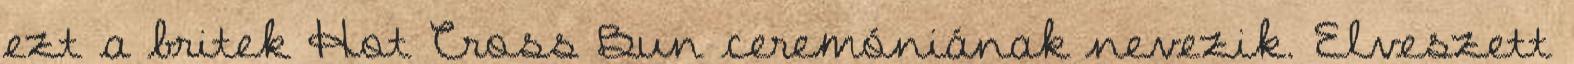
ezt a britek Hot Cross Bun ceremóniának nevezik. Elveszett